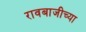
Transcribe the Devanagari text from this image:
रावबाजीच्या